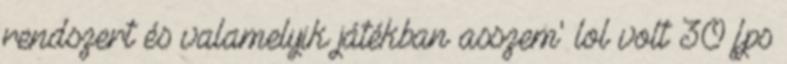
rendszert és valamelyik játékban asszem' lol volt 30 fps